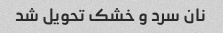
نان سرد و خشک تحویل شد